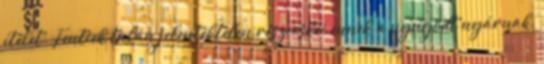
ítélet. Fentiek talán jelentéktelen részecskéi ennek a nyugodt nyárnak,